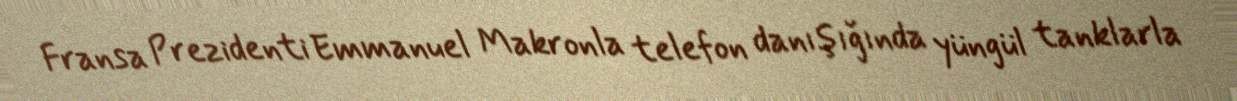
Fransa Prezidenti Emmanuel Makronla telefon danışığında yüngül tanklarla